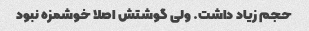
حجم زیاد داشت. ولی گوشتش اصلا خوشمزه نبود